Trukikaitis_Postimees, lk 89
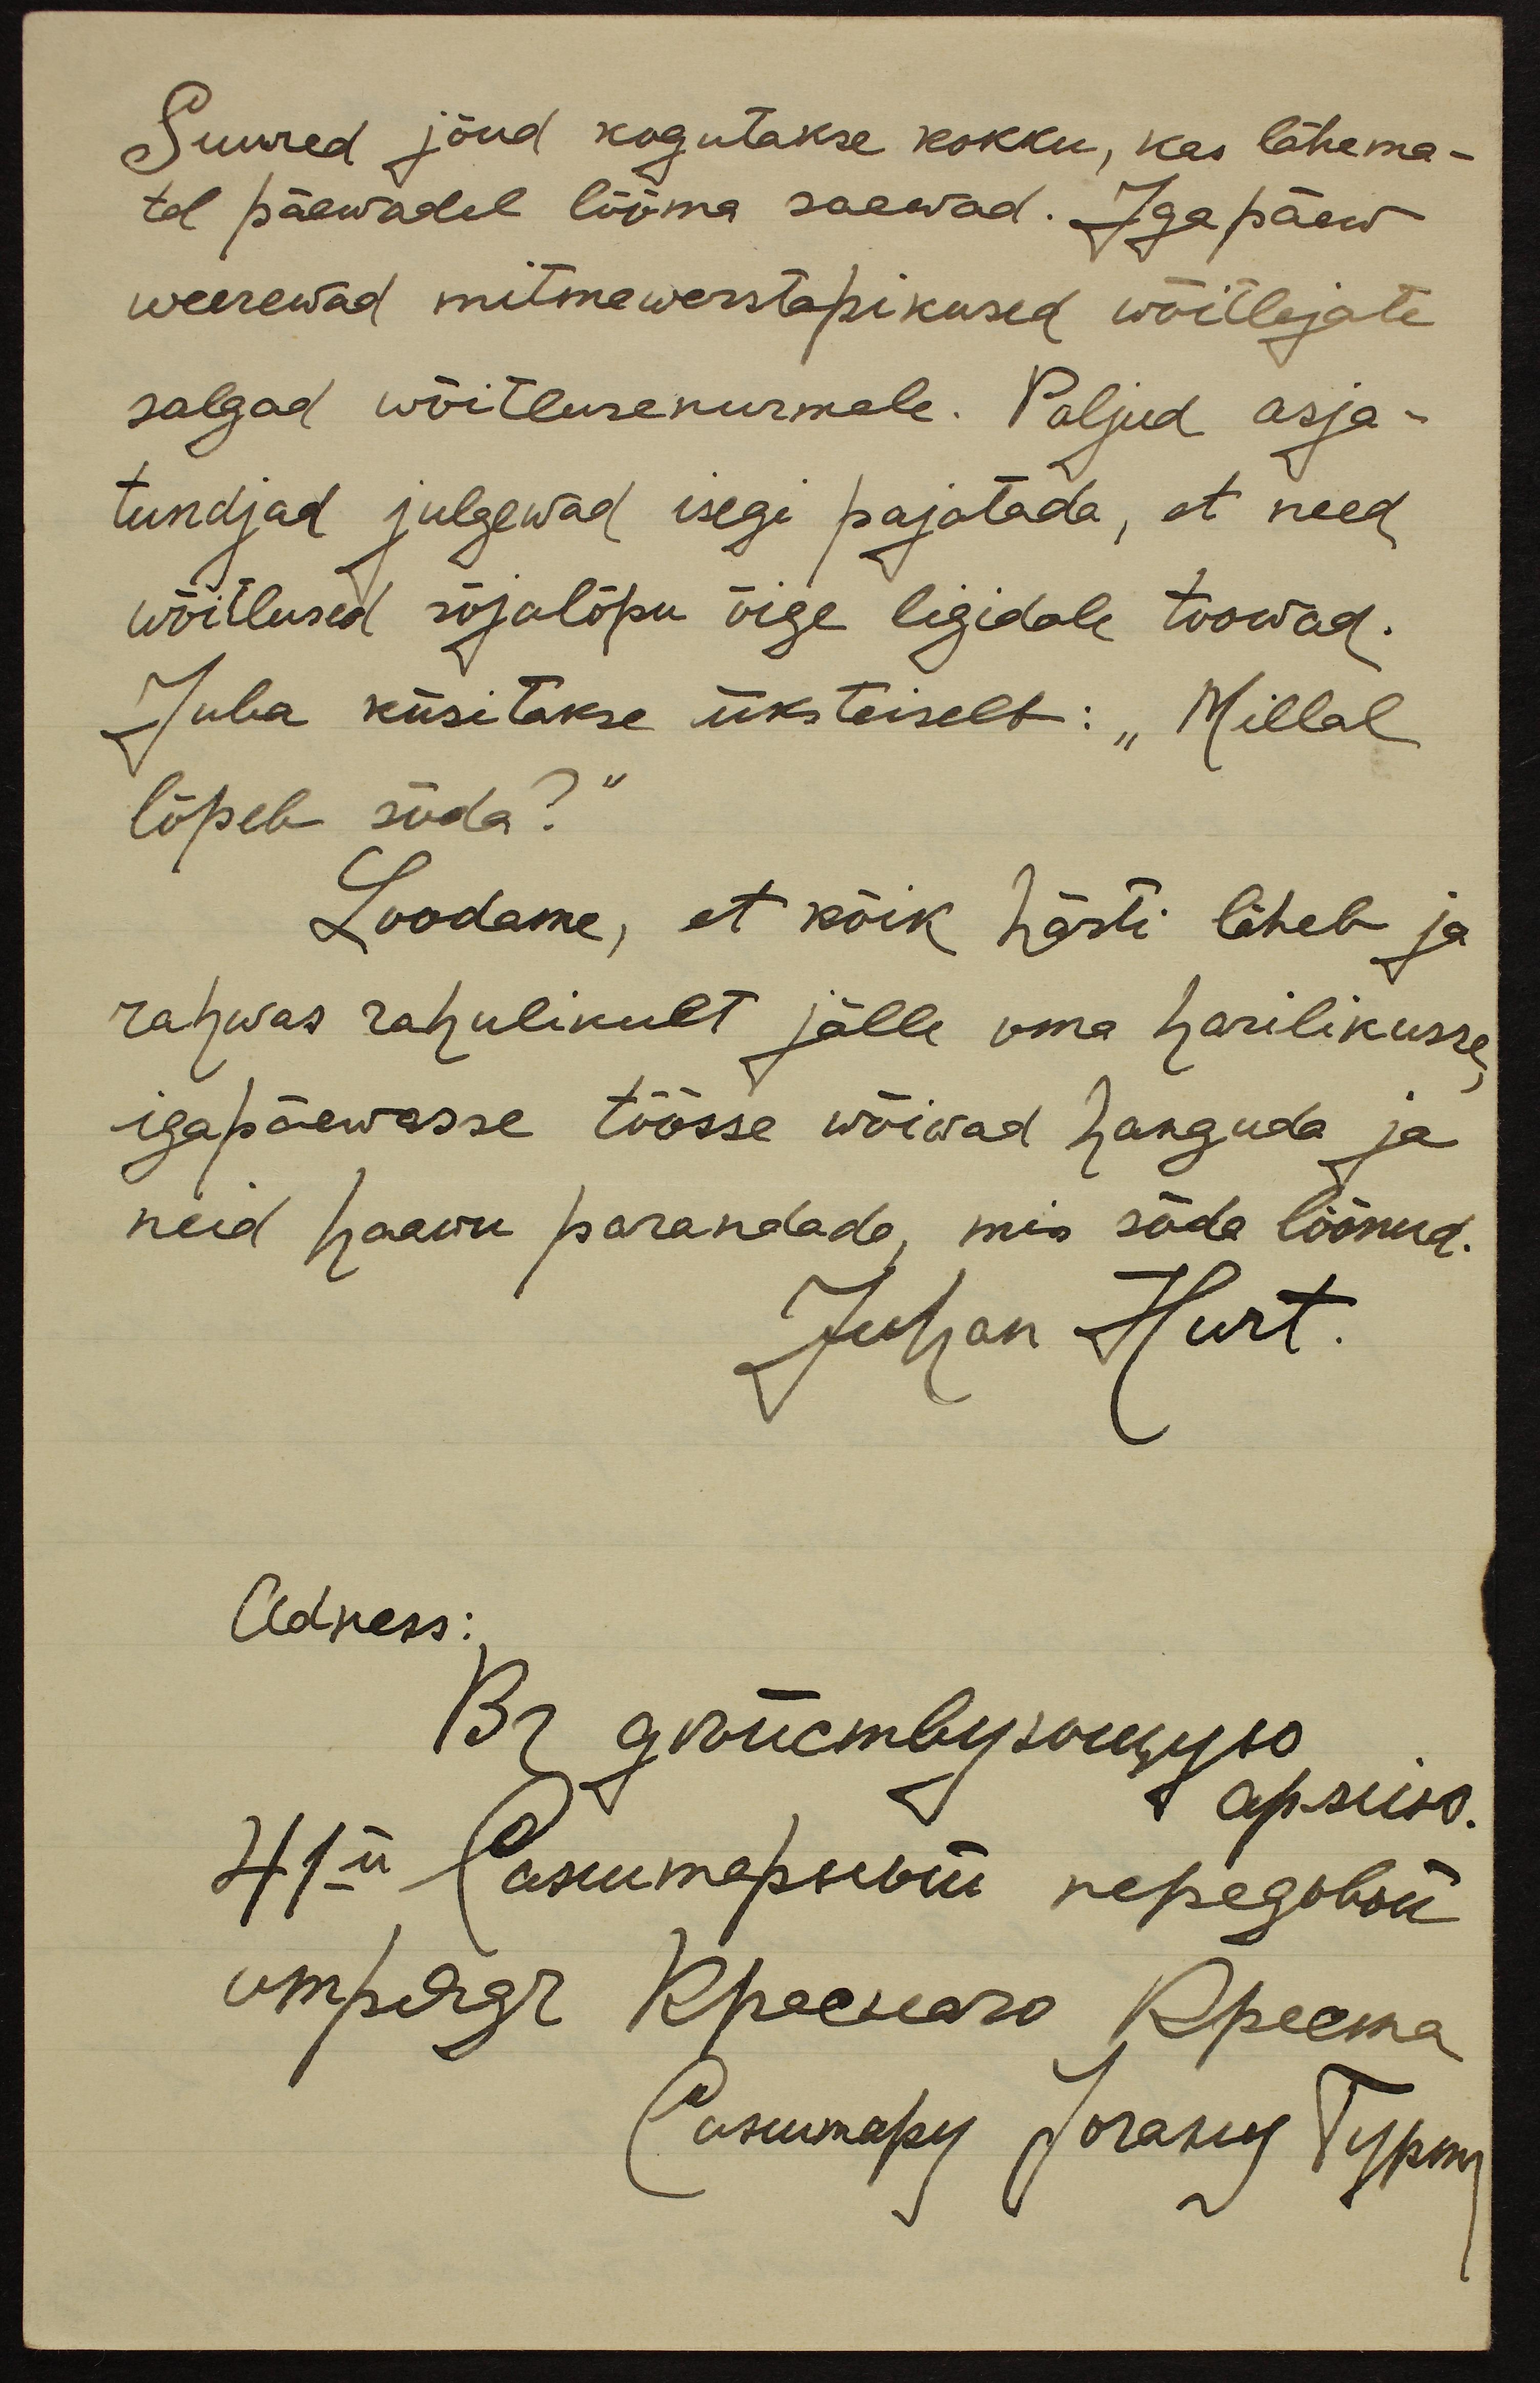
Suured jõud kogutakse kokku, kes lähema-
tel päewadel lõõma saawad. Iga päew
weerewad mitmewerstapikused wõitlejate
salgad wõitlusenurmele. Paljud asja-
tundjad julgewad isegi pajatada, et need
wõitlused sõjalõpu õige ligidale toowad.
Juba küsitakse üksteiselt: "Millal
lõpeb sõda?"
Loodame, et kõik hästi läheb ja
rahwas rahulikult jälle oma harilikusse,
igapäewasse töösse wõiwad hanguda ja
neid haawu parandada, mis sõda löönud.
Juhan Hurt.
Adress: